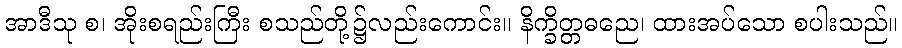
အာဒီသု စ၊ အိုးစရည်းကြီး စသည်တို့၌လည်းကောင်း။ နိက္ခိတ္တဓညေ၊ ထားအပ်သော စပါးသည်။